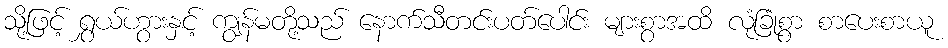
သို့ဖြင့် ရွှယ်ဟွားနှင့် ကျွန်မတို့သည် နောက်သီတင်းပတ်ပေါင်း များစွာအထိ လုံခြုံစွာ စာပေးစာယူ